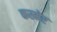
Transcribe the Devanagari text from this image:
कस्मेर